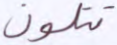
تتلون